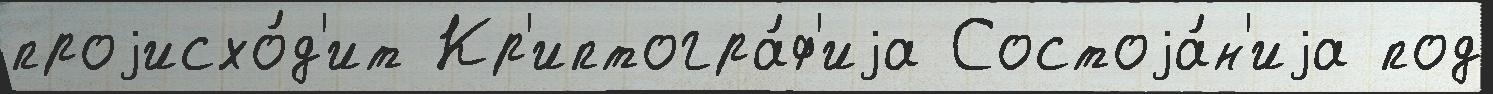
проjисхо́д'ит Кр'иптогра́ф'иjа Состоjа́н'иjа под